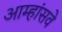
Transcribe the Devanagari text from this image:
आम्हांसवे